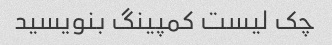
چک لیست کمپینگ بنویسید